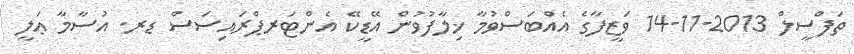
ތަފްސީލް 2013-11-14 ވަޒީފާގެ އެއްބަސްވުމާ ޚިލާފުވުން އޭޑީކޭ އެންޓަރޕްރައިސަސް ޑރ. އުސާމާ ޢަލީ